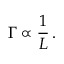
\Gamma \propto \frac { 1 } { L } \, .